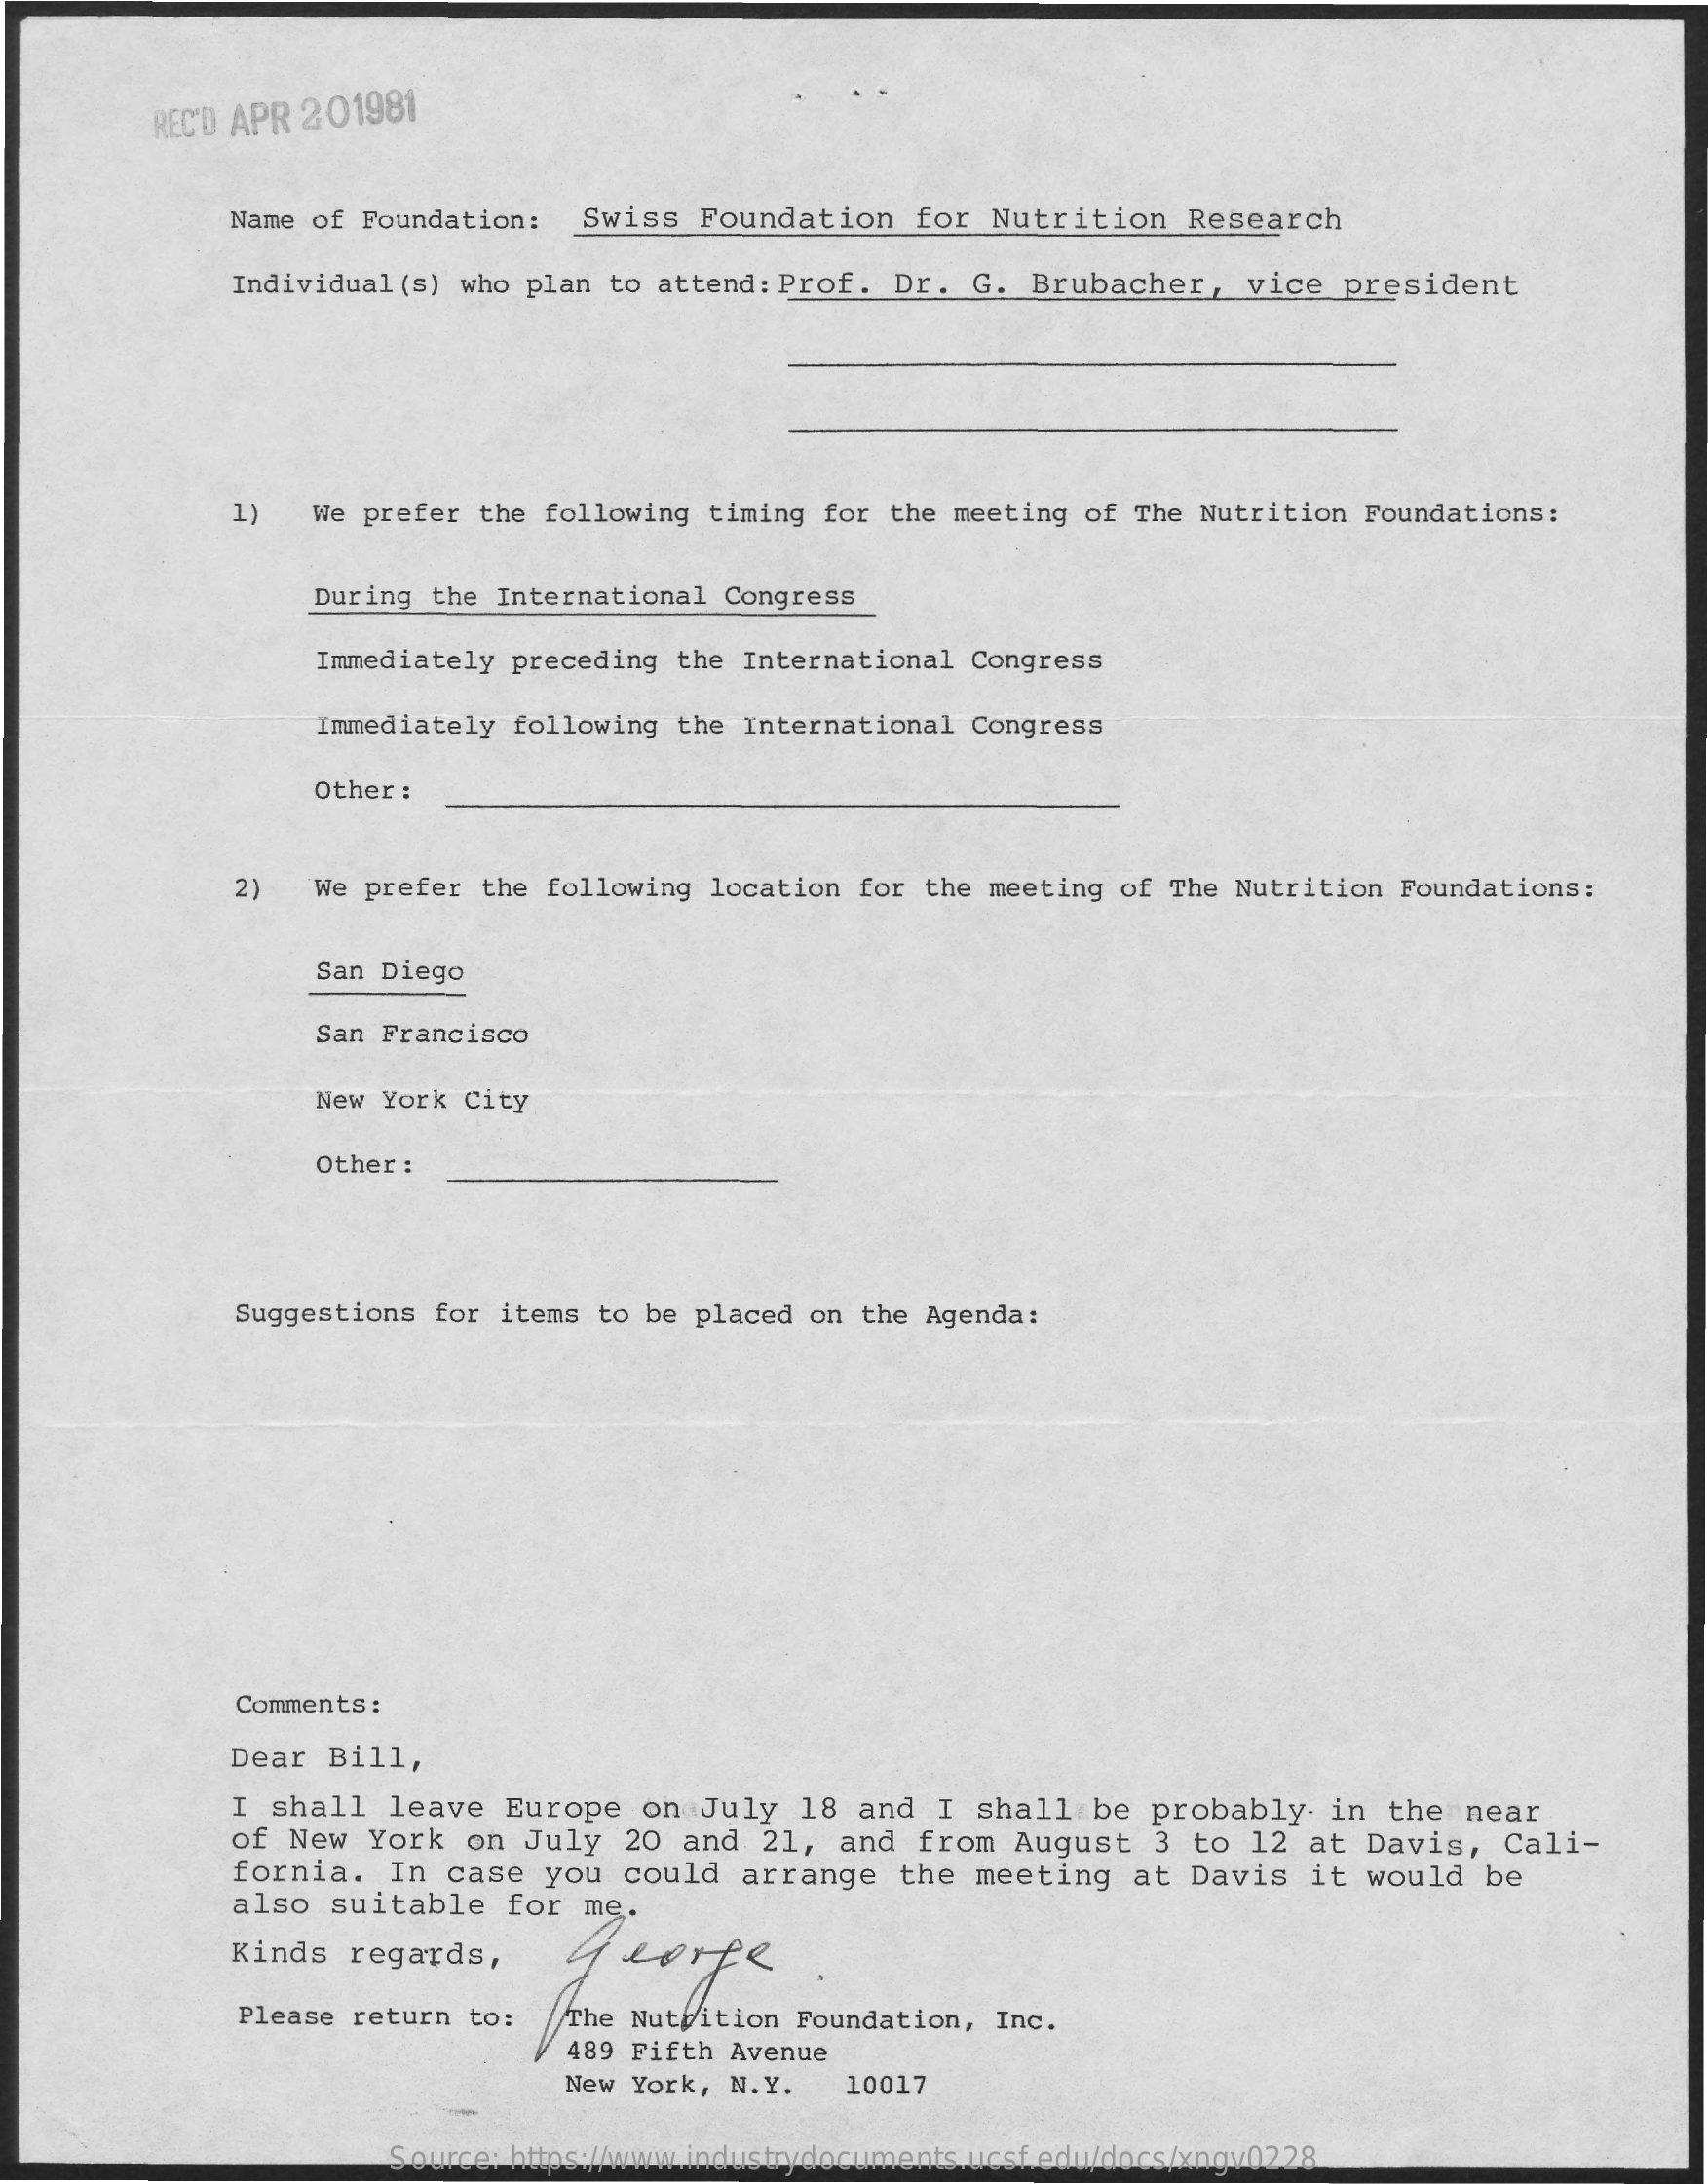
REC'D APR 201981
     Name of Foundation: Swiss Foundation for Nutrition Research
     Individual (s) who plan to attend: Prof. Dr. G. Brubacher, vice president
     1)  We prefer the following timing for the meeting of The Nutrition Foundations:
     During the International Congress
     Immediately preceding the International Congress
     Immediately following the International Congress
     Other :
     2)  We prefer the following location for the meeting of The Nutrition Foundations:
     San Diego
     San Francisco
     New York City
     Other :
     Suggestions for items to be placed on the Agenda:
     Comments :
     Dear Bill,
     I shall leave Europe on July 18 and I shall be probably in the near
     of New York on July 20 and 21, and from August 3 to 12 at Davis, Cali-
     fornia. In case you could arrange the meeting at Davis it would be
     also suitable for me.
     Kinds regards,
     Please return to: The Nutrition Foundation, Inc.
     489 Fifth Avenue
     New York, N.Y. 10017
     Source: https://www.industrydocuments.ucsf.edu/docs/xngv0228